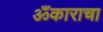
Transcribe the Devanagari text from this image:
ॐकाराचा